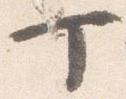
丁